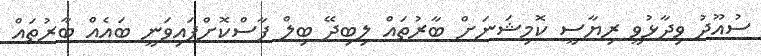
ސުއޫދު ވިދާޅުވީ ރިޔާސީ ކޮމިޝަނަށް ބާރުތައް ލިބިދޭ ބިލް ފާސްކޮށްފައިވަނީ ބައެއް ބާރުތައް